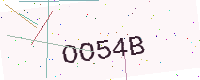
Text: OO54B